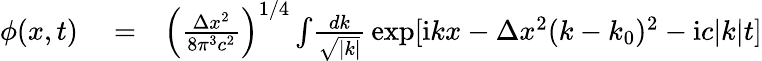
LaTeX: \begin{array}{rlr}{\phi(x,t)}&{{}=}&{\left(\frac{\Delta x^{2}}{8\pi^{3}c^{2}}\right)^{1/4}\int\! \frac{dk}{\sqrt{|k|}}\, \exp[\mathrm{i}kx-\Delta x^{2}(k-k_{0})^{2}-\mathrm{i}c|k|t]}\end{array}